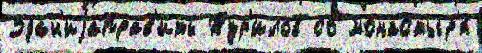
Здан'иjаправ'ить Тур'илов со монастыр'я́